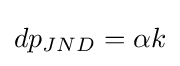
dp_{JND}=\alpha k